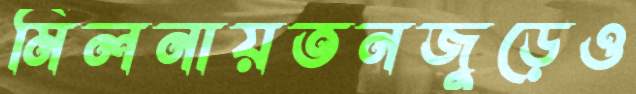
মিলনায়তনজুড়েও